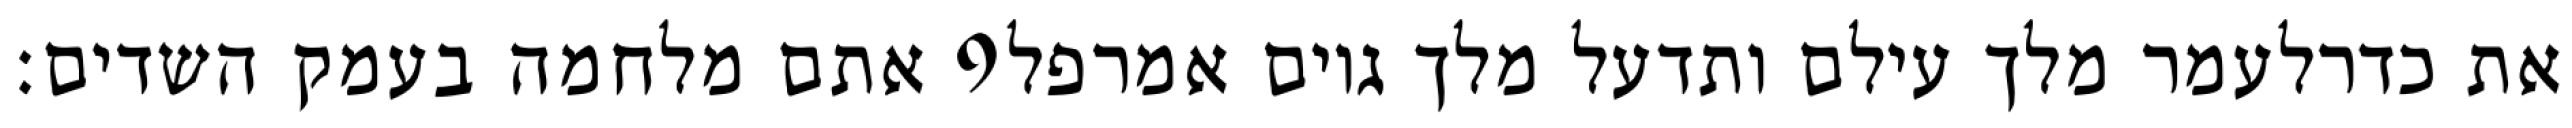
אתם מלחמה בעמק השדים׃ ‎9‏ את כדרלעמר מלך עילם ותדעל מלך גוים אמרפל